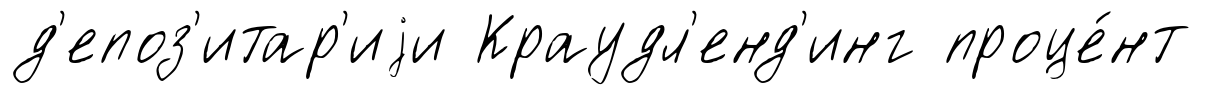
д'епоз'итар'иjи Краудл'енд'инг проце́нт